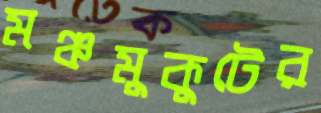
মঞ্চমুকুটের